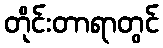
တိုင်းတာရာတွင်